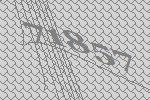
71857